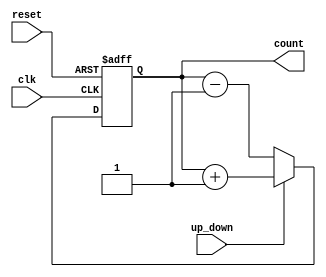
module UpDownCounter (
    input wire clk,
    input wire reset,
    input wire up_down,
    output reg [7:0] count
);

always @ (posedge clk or posedge reset) begin
    if (reset) begin
        count <= 8'b0;
    end else begin
        if (up_down) begin
            count <= count + 1;
        end else begin
            count <= count - 1;
        end
    end
end

endmodule